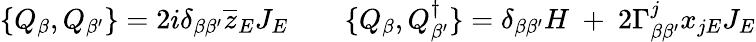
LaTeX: \{ Q_{\beta},Q_{\beta^{\prime}}\} =2i\delta_{\beta\beta^{\prime}}\overline{{{z}}}_{E}J_{E}\quad\quad\{ Q_{\beta},Q_{\beta^{\prime}}^{\dagger}\} =\delta_{\beta\beta^{\prime}}H\ +\ 2\Gamma_{\beta\beta^{\prime}}^{j}x_{jE}J_{E}